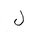
Letter: _lam